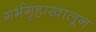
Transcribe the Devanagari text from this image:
गर्भगृहाखालून